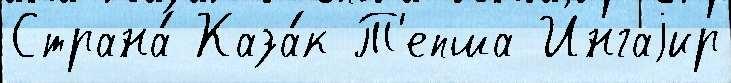
Страна́ Каза́к Т'епша Ингаjир